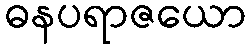
ဓနပရာဇယော